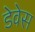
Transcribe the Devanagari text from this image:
डेवेस